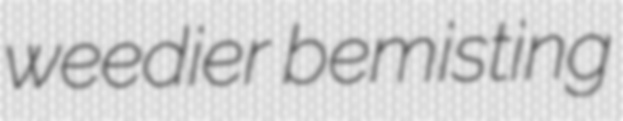
weedier bemisting